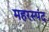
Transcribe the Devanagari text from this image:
महरस्पंद